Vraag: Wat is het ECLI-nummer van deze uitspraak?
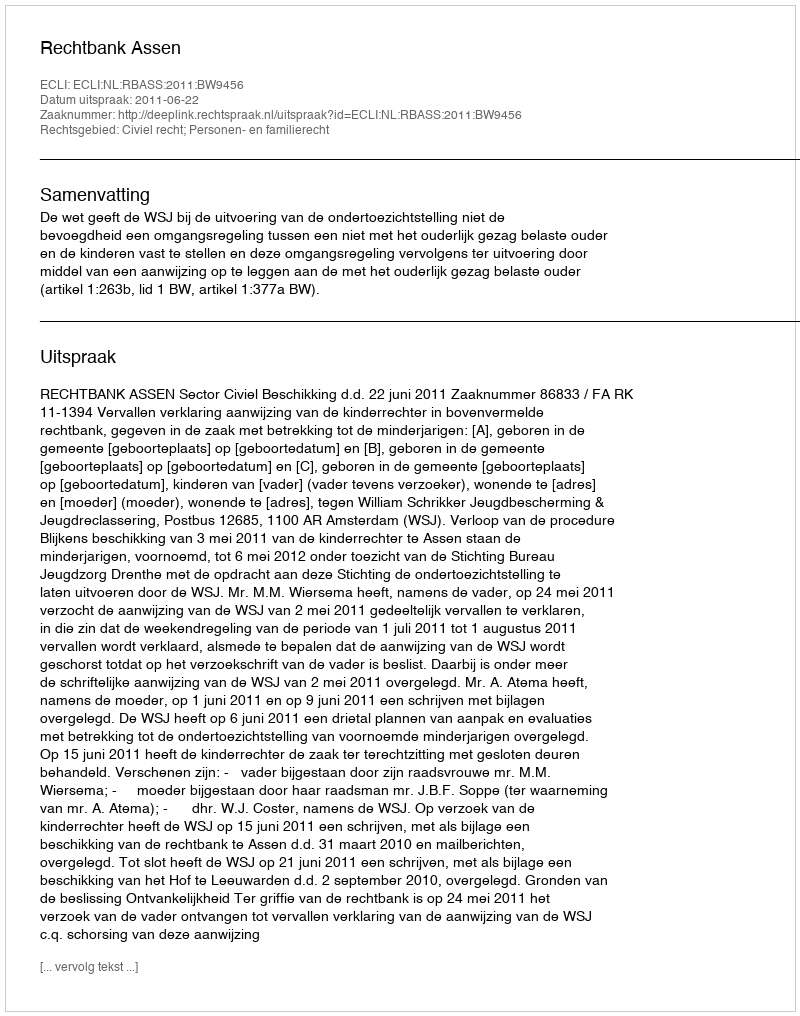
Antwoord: ECLI:NL:RBASS:2011:BW9456